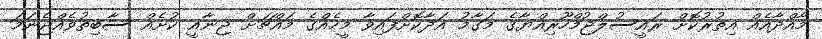
މާއްދާއެއް އިތުރުކޮށް ރައީސުލްޖުމްހޫރިއްޔާގެ މަގާމު އަދާކޮށްފައިވާ މީހެއްގެ މައްޗަށް ޖިނާއީ ކުށެއް ސާބިތުވެއްޖެނަމަ